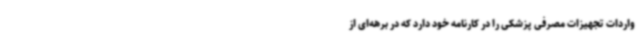
واردات تجهیزات مصرفی پزشکی را در کارنامه خود دارد که در برهه‌ای از